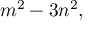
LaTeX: m ^ { 2 } - 3 n ^ { 2 } ,